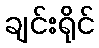
ချင်းရိုင်